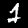
Label: 1